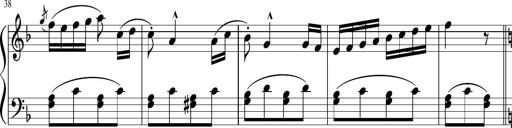
Title: 3 Sonatinen
Composer: Heinrich Lichner